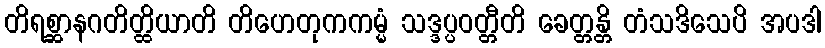
တိရစ္ဆာနဂတိတ္ထိယာတိ တိဟေတုကကမ္မံ သဒ္ဒပ္ပဝတ္တီတိ ခေတ္တန္တိ တံသဒိသေပိ အပဒါ